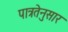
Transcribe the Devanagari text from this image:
पात्रतेनुसार